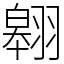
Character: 翱